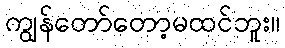
ကျွန်တော်တော့မထင်ဘူး။